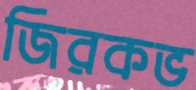
জিরকভ